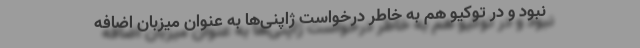
نبود و در توکیو هم به خاطر درخواست ژاپنی‌ها به عنوان میزبان اضافه